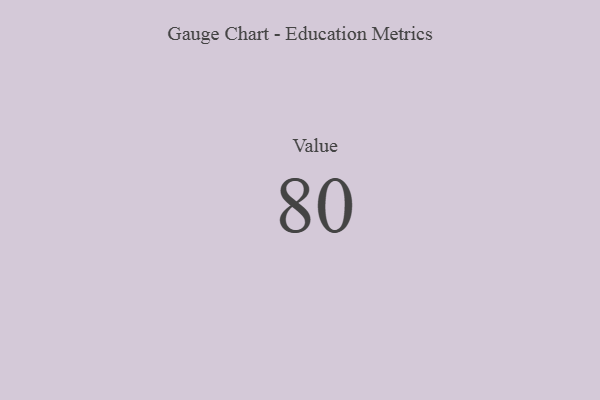
{"axis": {"x": "Metric", "y": "Value"}, "legend": [""], "data": [{"x": "Value", "y": 80, "type": ""}]}